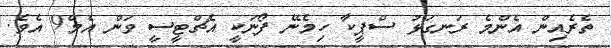
ތެރެއިން އެންމެ ރަނގަޅު ސްޕީކާ ހިމެނޭ ފޯނަކީ އެޗްޓީސީ ވަން އެމް9 އެވެ.